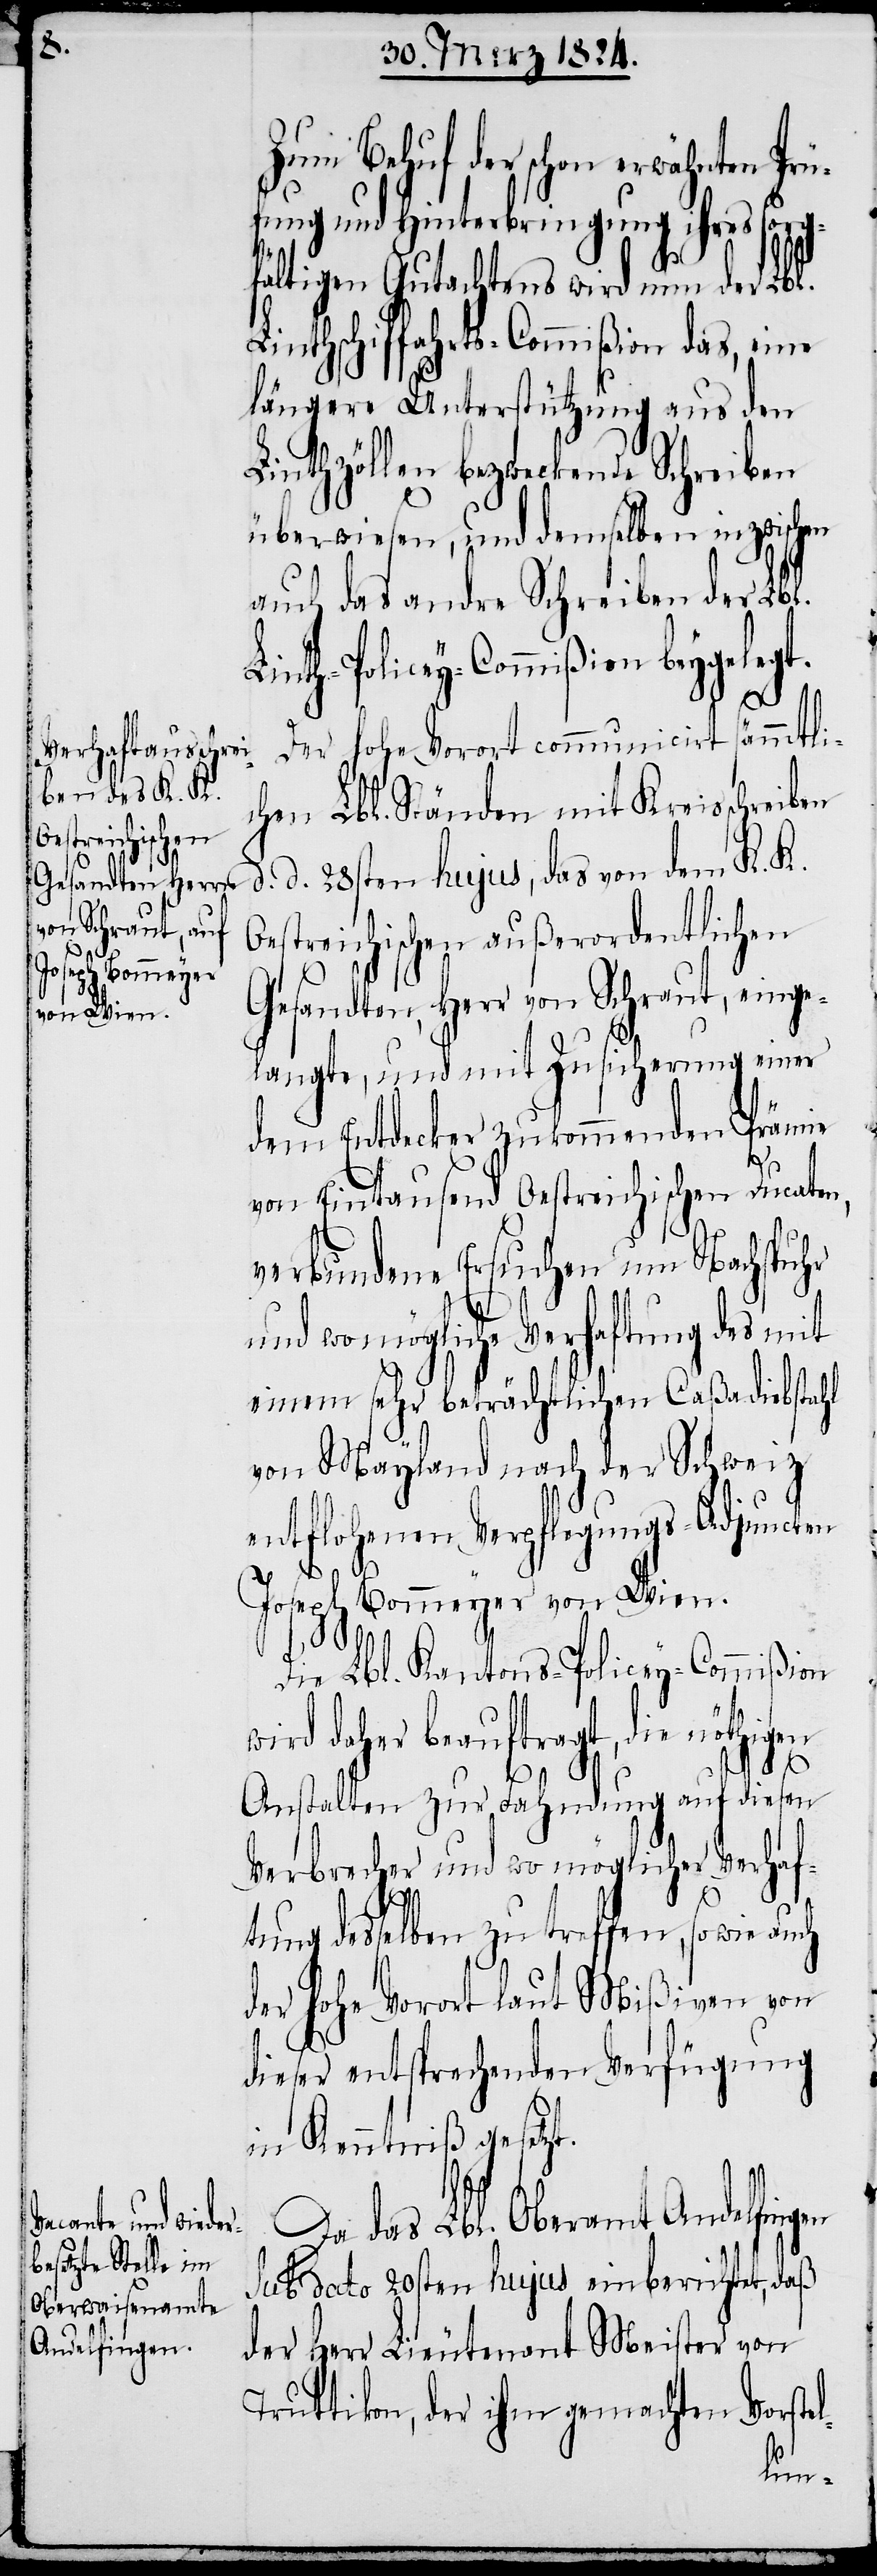
Zum Behuf der schon erwähnten Prü¬
fung und Hinterbringung ihres sorg¬
fältigen Gutachtens wird nun der Lbl.
Linthschiffahrts-Commißion das, eine
längere Unterstützung aus den
Linthzöllen bezweckende Schreiben
überwiesen, und demselben inzwischen
auch das andre Schreiben der Lbl.
Linth-Policey-Commißion beygeleg¬
Der hohe Vorort communicirt sämmtli¬
chen Lbl. Ständen mit Kreisschreiben
d. d. 28sten hujus, das von dem K. K.
Oestreichischen außerordentlichen
Gesandten, Herr von Schraut, einge¬
langte, und mit Zusicherung einer
dem Entdecker zukommenden Prämie
von Eintausend Oestreichischen Ducaten,
verbundene Ersuchen um Nachspuhr
und womögliche Verhaftung des mit
einem sehr beträchtlichen Caßadiebstahl
von Mayland nach der Schweiz
entflohenen Verpflegungs-Adjuncten
Joseph Bommeyer von Wien.
Die Lbl. Kantons-Policey-Commißion
wird daher beauftragt, die nöthigen
t.
Anstalten zur Fahndung auf diesen
Verbrecher und wo möglicher Verhaf¬
tung desselben zu treffen, sowie auch
der hohe Vorort laut Mißiven von
dieser entsprechenden Verfügung
in Kenntniß gesetz¬
Da das Lbl. Oberamt Andelfingen
sub dato 20sten hujus einberichtet, daß
der Herr Lieutenant Meister von
Truttikon, der ihm gemachten Vorstel-